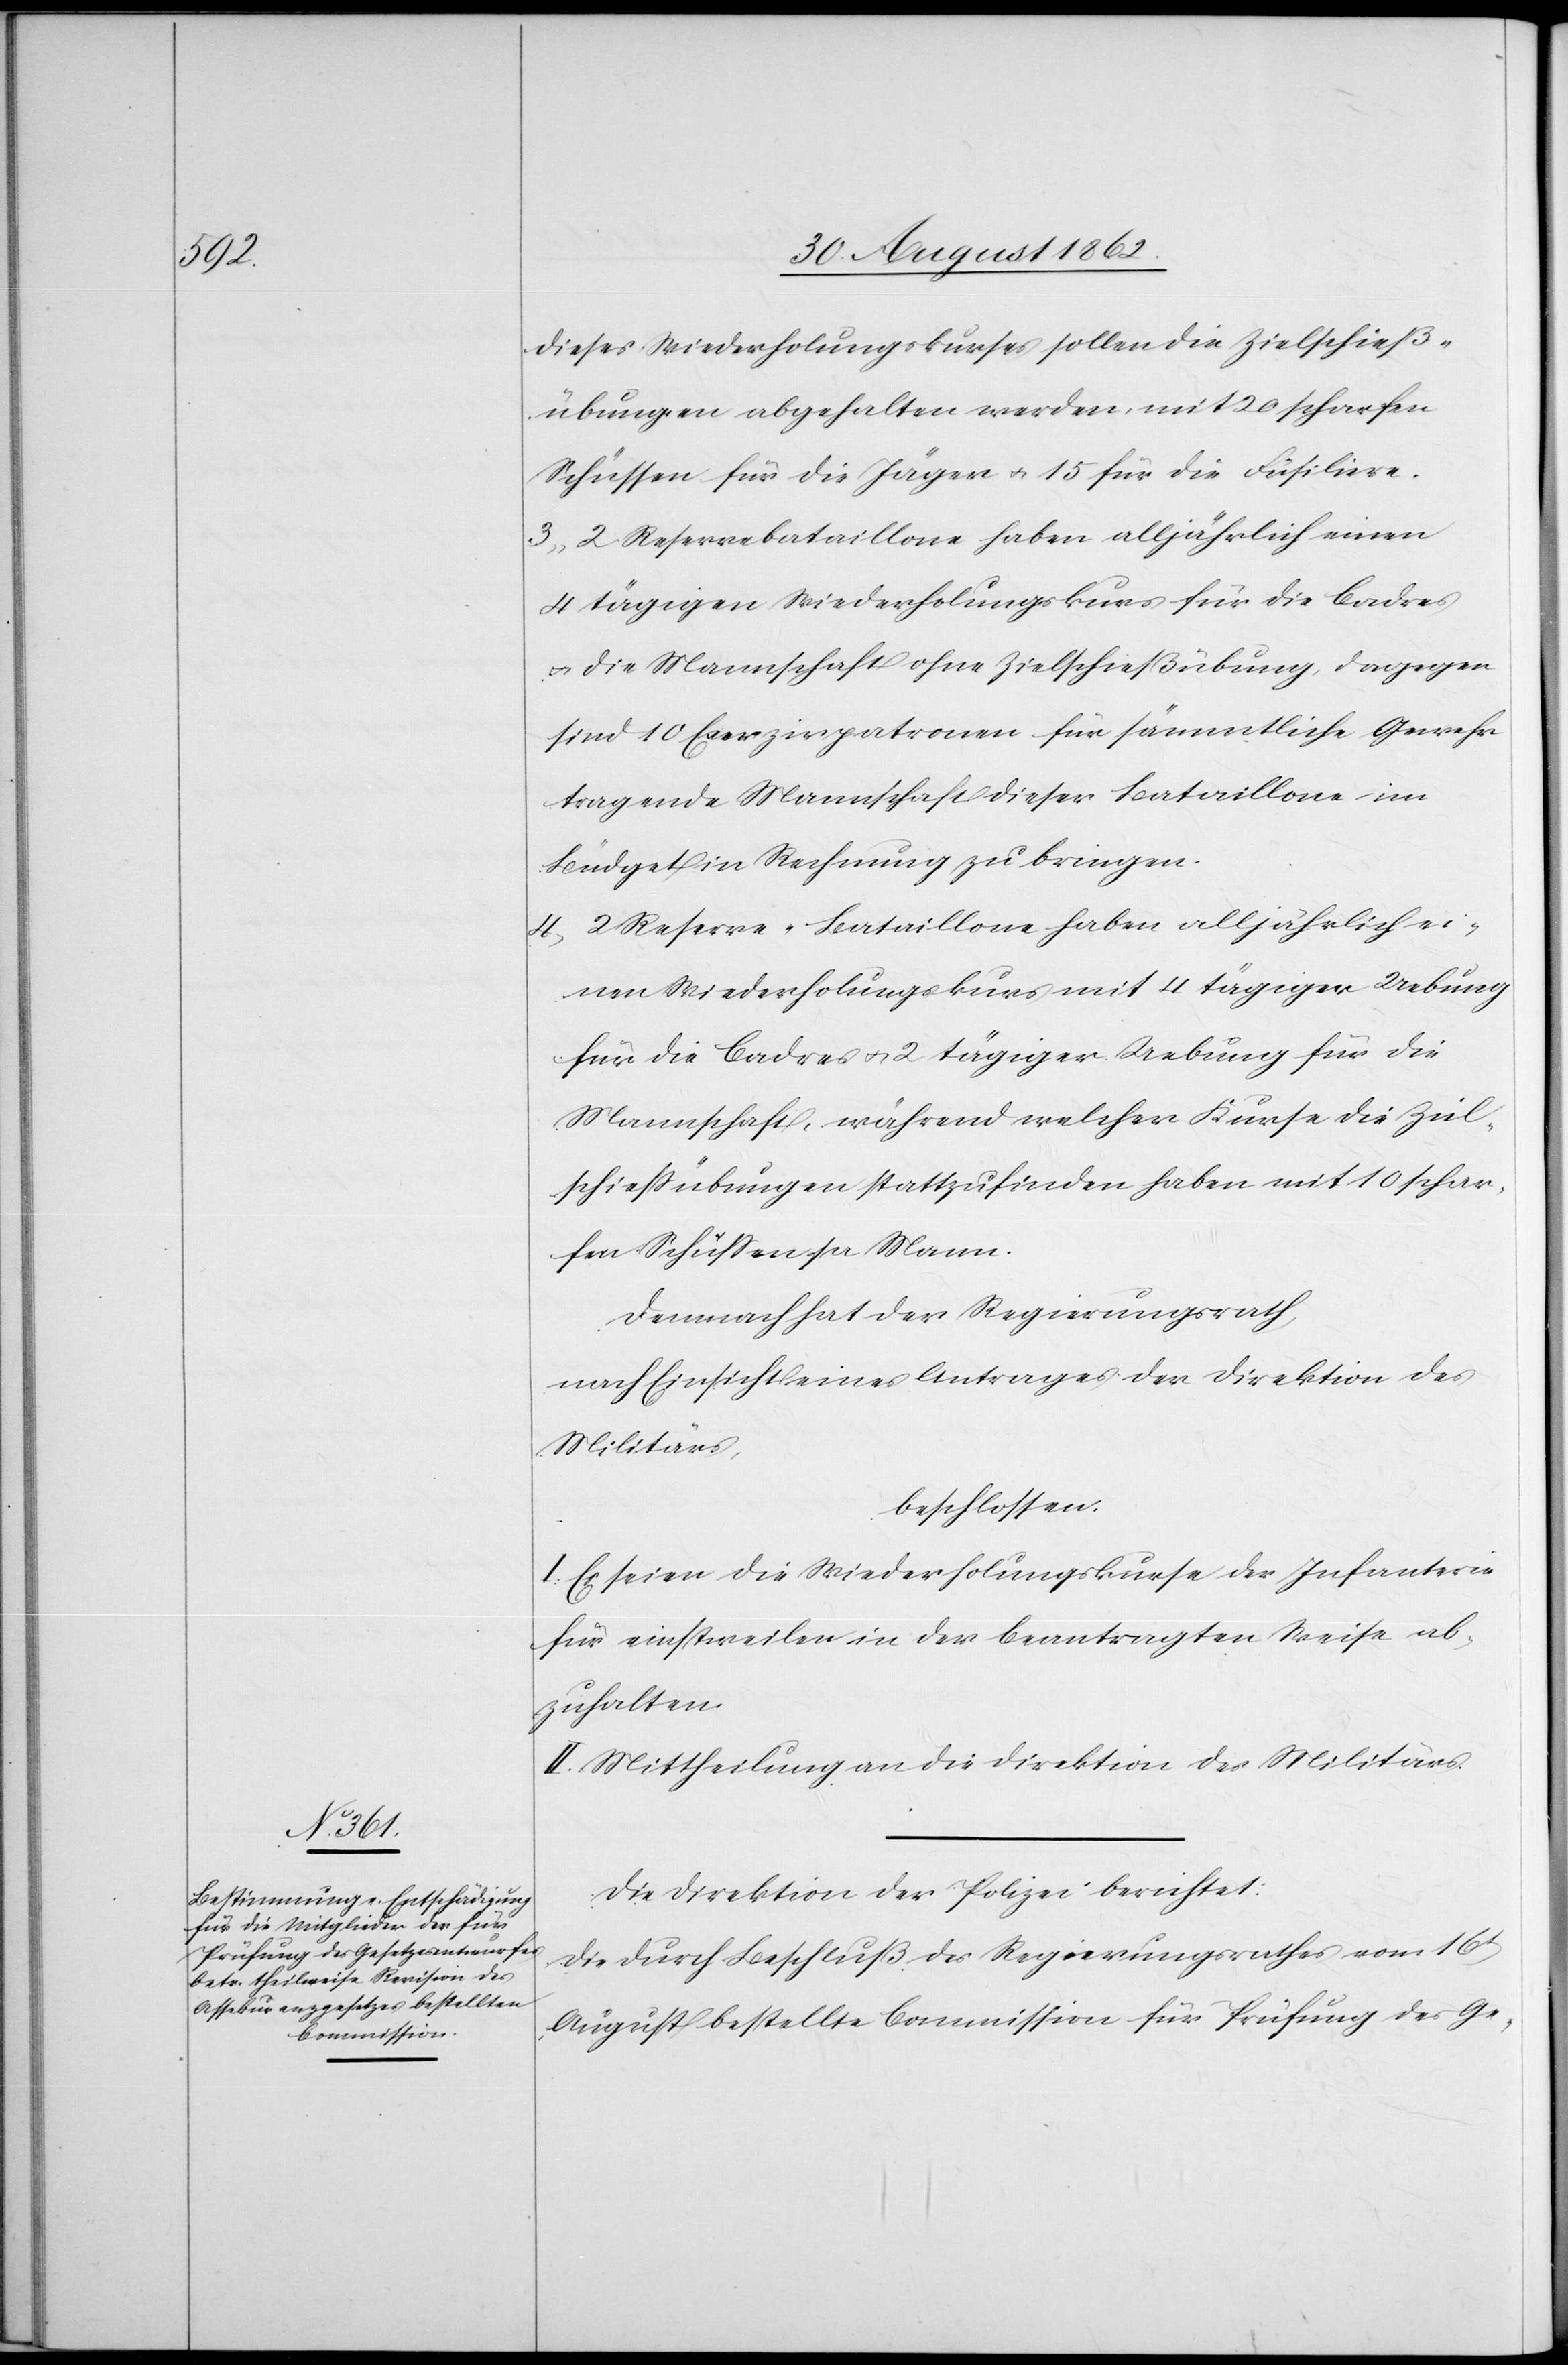
dieses Wiederholungskurses sollen die Zielschieß¬
übungen abgehalten werden, mit 120 scharfen
Schüssen für die Jäger u. 15 für die Füsiliere.
3. 2 Reservebataillone haben alljährlich einen
4 tägigen Wiederholungskurs für die Cadres
u. die Mannschaft ohne Zielschießübung, dagegen
sind 10 Exerzirpatronen für sämmtliche Gewehr
tragende Mannschaft dieser Bataillone im
Büdget in Rechnung zu bringen.
4. 2 Reserve-Bataillone haben alljährlich ei¬
nen Wiederholungskurs mit 4 tägiger Uebung
für die Cadres u. 2 tägiger Uebung für die
Mannschaft, während welcher Kurse die Ziel¬
schießübungen stattzufinden haben mit 10 schar¬
fen Schüssen pr. Mann.
Demnach hat der Regierungsrath,
nach Einsicht eines Antrages der Direktion des
Militärs,
beschlossen:
I. Es seien die Wiederholungskurse der Infanterie
für einstweilen in der beantragten Weise ab¬
zuhalten.
II. Mittheilung an die Direktion des Militärs.
Die Direktion der Polizei berichtet:
Die durch Beschluß des Regierungsrathes vom 16t
August bestellte Commission für Prüfung des Ge-